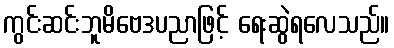
ကွင်းဆင်းဘူမိဗေဒပညာဖြင့် ရေးဆွဲရလေသည်။